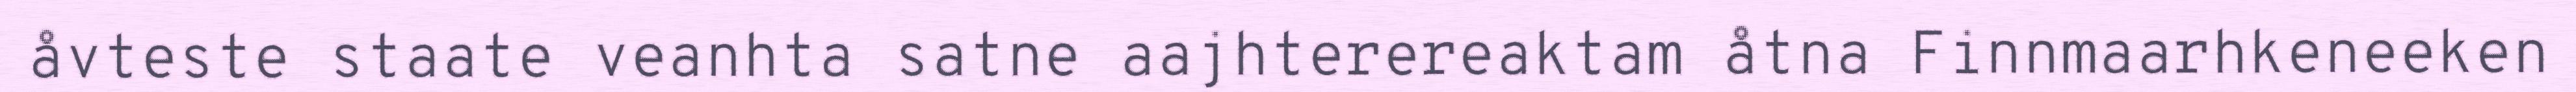
åvteste staate veanhta satne aajhterereaktam åtna Finnmaarhkeneeken